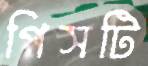
পিসটি